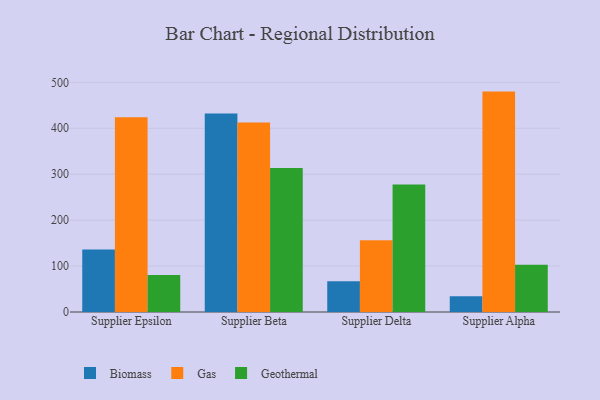
{"axis": {"x": "Supplier", "y": "Satisfaction Score"}, "legend": ["Biomass", "Gas", "Geothermal"], "data": [{"x": "Supplier Epsilon", "y": 135.9, "type": "Biomass"}, {"x": "Supplier Epsilon", "y": 423.7, "type": "Gas"}, {"x": "Supplier Epsilon", "y": 80.4, "type": "Geothermal"}, {"x": "Supplier Beta", "y": 431.9, "type": "Biomass"}, {"x": "Supplier Beta", "y": 412.4, "type": "Gas"}, {"x": "Supplier Beta", "y": 313.4, "type": "Geothermal"}, {"x": "Supplier Delta", "y": 66.9, "type": "Biomass"}, {"x": "Supplier Delta", "y": 156.4, "type": "Gas"}, {"x": "Supplier Delta", "y": 277.8, "type": "Geothermal"}, {"x": "Supplier Alpha", "y": 34.1, "type": "Biomass"}, {"x": "Supplier Alpha", "y": 479.8, "type": "Gas"}, {"x": "Supplier Alpha", "y": 103.1, "type": "Geothermal"}]}